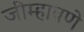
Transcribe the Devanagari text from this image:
जीम्हावणे